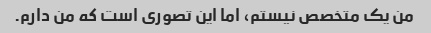
من یک متخصص نیستم، اما این تصوری است که من دارم.